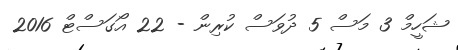
ޝަހީމް 3 މަސް 5 ދުވަސް ކުރިން - 22 އޯގަސްޓް 2016